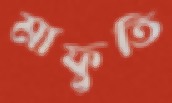
মাফুতি